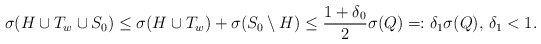
\begin{align*}\sigma(H \cup T_w \cup S_0) \le \sigma(H \cup T_w) + \sigma(S_0 \setminus H) \le \frac{1+\delta_0}{2}\sigma(Q) =: \delta_1\sigma(Q), \, \delta_1 < 1.\end{align*}